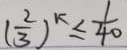
( \frac { 2 } { 3 } ) ^ { k } \leq \frac { 1 } { 4 0 }